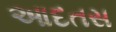
આદતસ